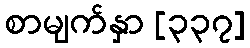
စာမျက်နှာ [၃၃၇]